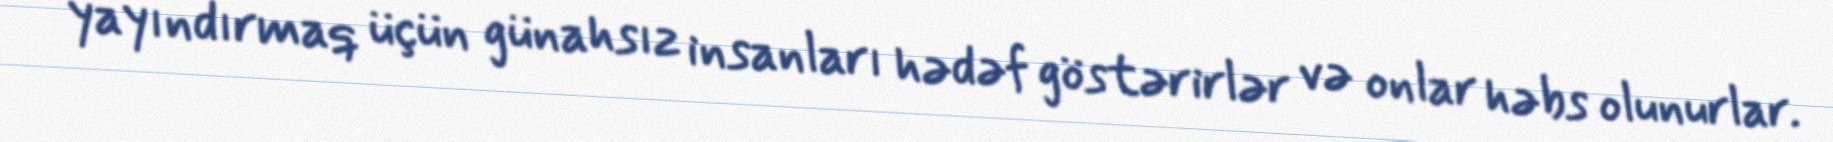
yayındırmaq üçün günahsız insanları hədəf göstərirlər və onlar həbs olunurlar.